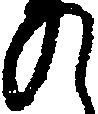
の